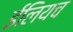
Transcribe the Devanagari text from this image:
ईलियच